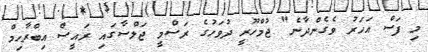
މި ފަސް އަހަރު ވެގެންދާނެ" ޖުމްހޫރީ ދުވަހުގެ ރަސްމީ ޖަލްސާގައި ރައީސް އިބްރާހިމް